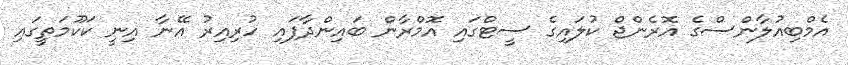
އެމްބިއުލާންސްގެ އޮރެންޖް ކުލައިގެ ސީޓްގައި އޮމްރާން ބައިންދާފައި ހުރިއިރު އޭނާ އިނީ ކަކޫމަތީގައި